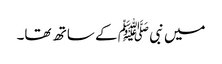
میں نبی ﷺ کے ساتھ تھا۔